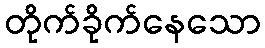
တိုက်ခိုက်နေသော